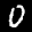
Digit: 0